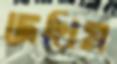
দেখিম